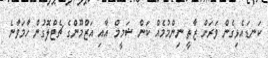
ކަނޑައެޅިގެން ވަރަށް ޒާތީ ނިންމުމެއް ކަން ޝަމީމް އާއި އަޒްމޫންގެ ޗެޓްލޮގުން ހާމަވާނެ